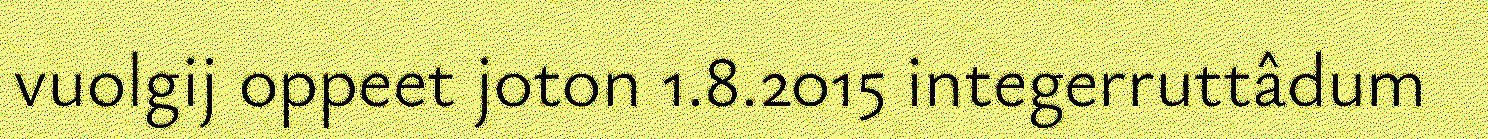
vuolgij oppeet joton 1.8.2015 integerruttâdum